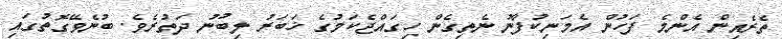
ތެރެއިން އެންމެ ފަހުން އެމަނިކުފާނު ނެތިގެން ހިގައްޖެކަމުގެ ޚަބަރު ލިބުނު ދަތުރެވެ. ބުނެވޭގޮތުގައި